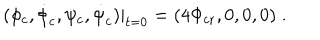
( \phi _ { c } , \dot { \phi } _ { c } , \psi _ { c } , \dot { \psi } _ { c } ) | _ { t = 0 } = ( 4 \Phi _ { \mathrm { c r } } , 0 , 0 , 0 ) \; .